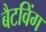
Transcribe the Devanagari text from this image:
बैटविंग